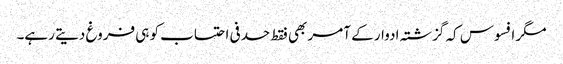
مگر افسوس کہ گزشتہ ادوار کے آمر بھی فقط حدفی احتساب کو ہی فروغ دیتے رہے۔